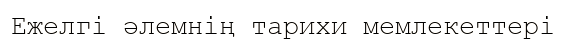
Ежелгі әлемнің тарихи мемлекеттері